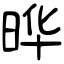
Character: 晔